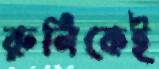
রুনিকেই